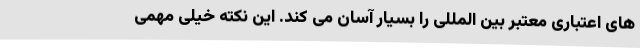
های اعتباری معتبر بین المللی را بسیار آسان می کند. این نکته خیلی مهمی